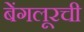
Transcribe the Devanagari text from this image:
बेंगलूरची